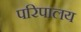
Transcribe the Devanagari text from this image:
परिपालय